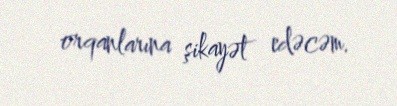
orqanlarına şikayət edəcəm.